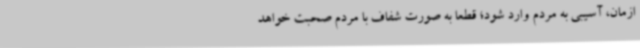
ازمان، آسیبی به مردم وارد شود؛ قطعا به صورت شفاف با مردم صحبت خواهد